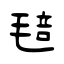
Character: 毰